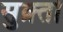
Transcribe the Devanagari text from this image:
सुक्र्तो